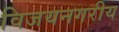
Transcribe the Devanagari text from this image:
विजयनगरीय